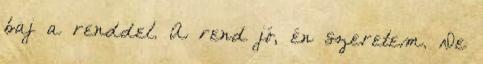
baj a renddel. A rend jó, én szeretem. De